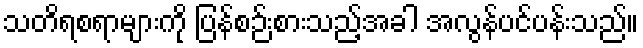
သတိရစရာများကို ပြန်စဉ်းစားသည့်အခါ အလွန်ပင်ပန်းသည်။